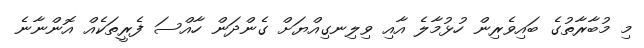
މި މުބާރާތުގެ ބައިވެރިން ހުޅުމާލެ އާއި ވިލިނގިއްޔަށް ގެންދަން ހާއްސަ ފެރީތަކެއް އޮންނާނެ